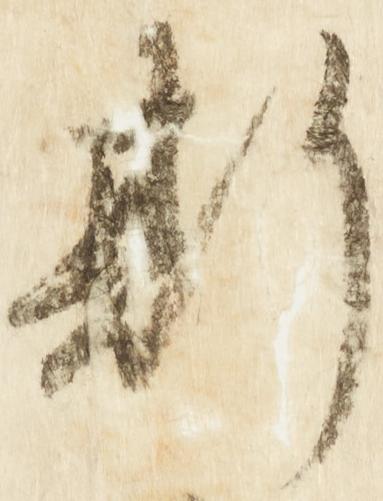
斯